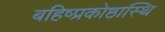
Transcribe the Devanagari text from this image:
बहिष्प्रकोष्ठास्थि